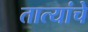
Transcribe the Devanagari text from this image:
तात्यांचे